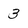
Character: 3